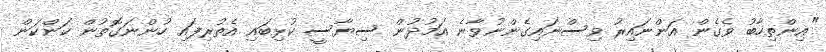
"އިންތިހާބު ވެގެން އަންނައިރު ވިސްނައިގެންނުވާނެ އަމުދުން ސިޔާސީ ކުޅިބައި އެތުރިފައި ހުންނަގޮތުން ކަންކަން